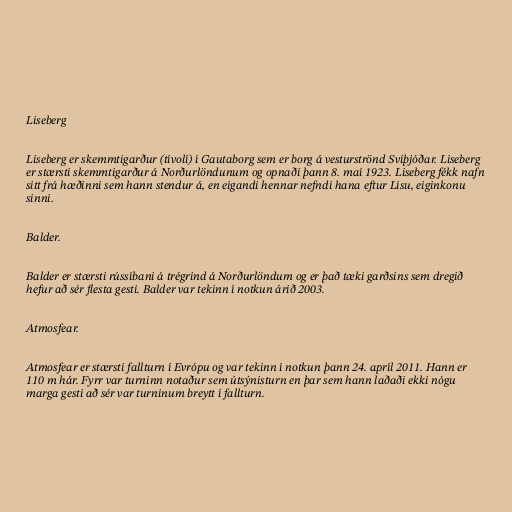
Liseberg

Liseberg er skemmtigarður (tívolí) í Gautaborg sem er borg á vesturströnd Svíþjóðar. Liseberg
er stærsti skemmtigarður á Norðurlöndunum og opnaði þann 8. maí 1923. Liseberg fékk nafn
sitt frá hæðinni sem hann stendur á, en eigandi hennar nefndi hana eftur Lísu, eiginkonu
sinni.

Balder.

Balder er stærsti rússíbani á trégrind á Norðurlöndum og er það tæki garðsins sem dregið
hefur að sér flesta gesti. Balder var tekinn í notkun árið 2003.

Atmosfear.

Atmosfear er stærsti fallturn í Evrópu og var tekinn í notkun þann 24. apríl 2011. Hann er
110 m hár. Fyrr var turninn notaður sem útsýnisturn en þar sem hann laðaði ekki nógu
marga gesti að sér var turninum breytt í fallturn.